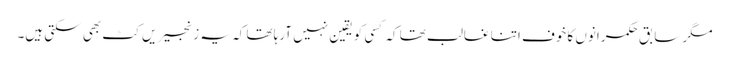
مگر سابق حکمرانوں کا خوف اتنا غالب تھا کہ کسی کو یقین نہیں آرہا تھا کہ یہ زنجیریں کٹ بھی سکتی ہیں۔